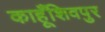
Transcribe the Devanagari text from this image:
काहूँशिवपुर